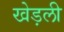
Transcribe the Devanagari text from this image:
खेड़ली